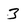
Character: 3